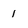
Character: 1